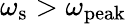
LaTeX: \omega_{\textrm{s}}>\omega_{\mathrm{peak}}